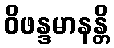
ဝိဖန္ဒမာနန္တိ